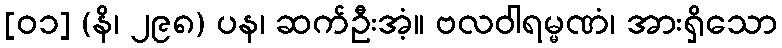
[၀၁] (နိ၊ ၂၉၈) ပန၊ ဆက်ဦးအံ့။ ဗလဝါရမ္မဏံ၊ အားရှိသော